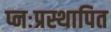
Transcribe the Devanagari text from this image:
प्नःप्रस्थापित